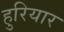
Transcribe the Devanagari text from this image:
हुरियार